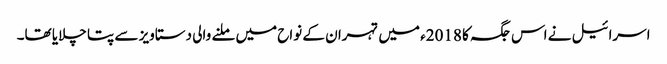
اسرائیل نے اس جگہ کا 2018ء میں تہران کے نواح میں ملنے والی دستاویز سے پتا چلایا تھا۔